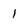
Character: 1